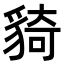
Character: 䝝